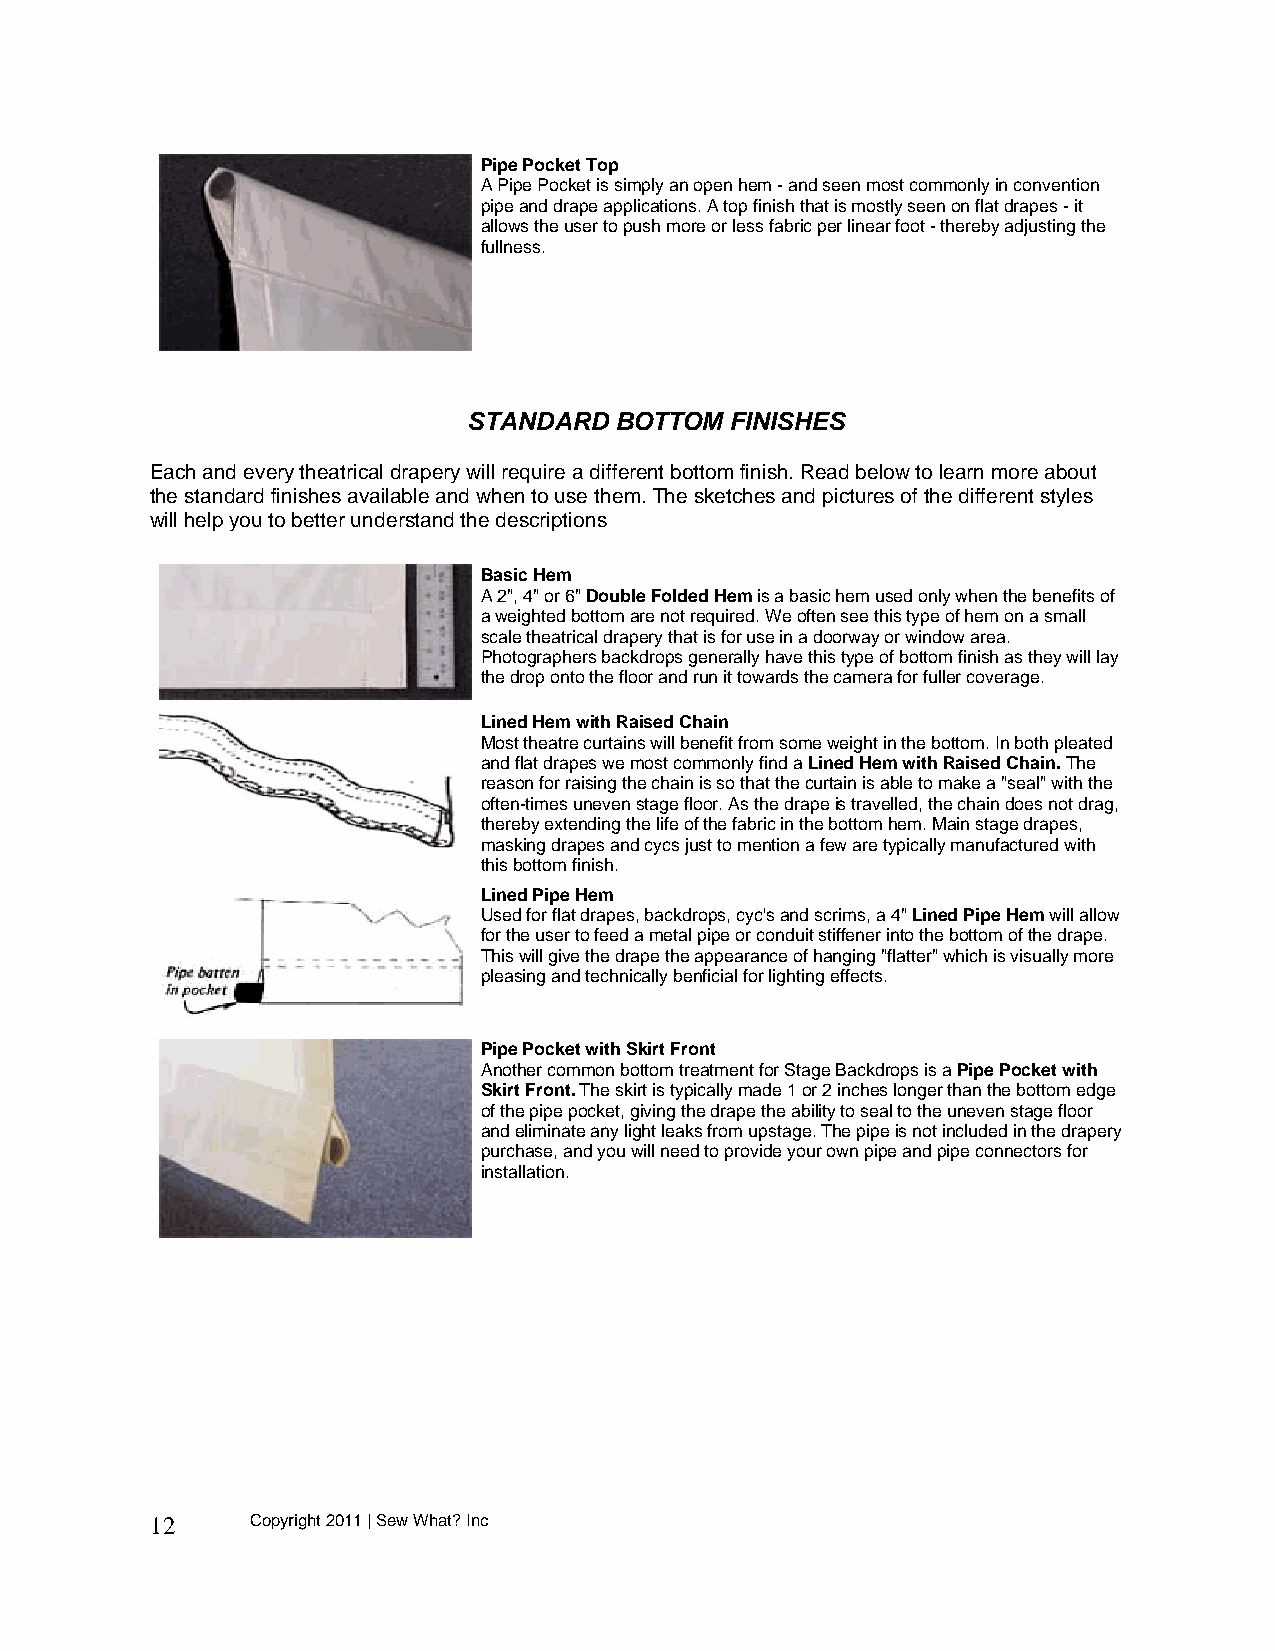
Pipe Pocket Top
 A Pipe Pocket is simply an open hem - and seen most commonly in convention
 pipe and drape applications. A top finish that is mostly seen on flat drapes - it
 allows the user to push more or less fabric per linear foot - thereby adjusting the
 fullness.
 STANDARD  BOTTOM FINISHES
 Each and every theatrical drapery will require a different bottom finish. Read below to learn more about
 the standard finishes available and when to use them. The sketches and pictures of the different styles
 will help you to better understand the descriptions
 Basic Hem
 A 2", 4" or 6" Double Folded Hem is a basic hem used only when the benefits of
 a weighted bottom are not required. We often see this type of hem on a small
 scale theatrical drapery that is for use in a doorway or window area.
 Photographers backdrops generally have this type of bottom finish as they will lay
 the drop onto the floor and run it towards the camera for fuller coverage.
 Lined Hem with Raised Chain
 Most theatre curtains will benefit from some weight in the bottom. In both pleated
 and flat drapes we most commonly find a Lined Hem with Raised Chain. The
 reason for raising the chain is so that the curtain is able to make a "seal" with the
 often-times uneven stage floor. As the drape is travelled, the chain does not drag,
 thereby extending the life of the fabric in the bottom hem. Main stage drapes,
 masking drapes and cycs just to mention a few are typically manufactured with
 this bottom finish.
 Lined Pipe Hem
 Used for flat drapes, backdrops, cyc's and scrims, a 4" Lined Pipe Hem will allow
 for the user to feed a metal pipe or conduit stiffener into the bottom of the drape.
 This will give the drape the appearance of hanging "flatter" which is visually more
 pleasing and technically benficial for lighting effects.
 Pipe Pocket with Skirt Front
 Another common bottom treatment for Stage Backdrops is a Pipe Pocket with
 Skirt Front. The skirt is typically made 1 or 2 inches longer than the bottom edge
 of the pipe pocket, giving the drape the ability to seal to the uneven stage floor
 and eliminate any light leaks from upstage. The pipe is not included in the drapery
 purchase, and you will need to provide your own pipe and pipe connectors for
 installation.
 12     Copyright 2011 | Sew What? Inc